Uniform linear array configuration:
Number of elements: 32
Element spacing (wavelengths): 1
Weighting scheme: cosine
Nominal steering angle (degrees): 60
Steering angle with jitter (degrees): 58.209
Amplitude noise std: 0.05
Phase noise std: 0.05

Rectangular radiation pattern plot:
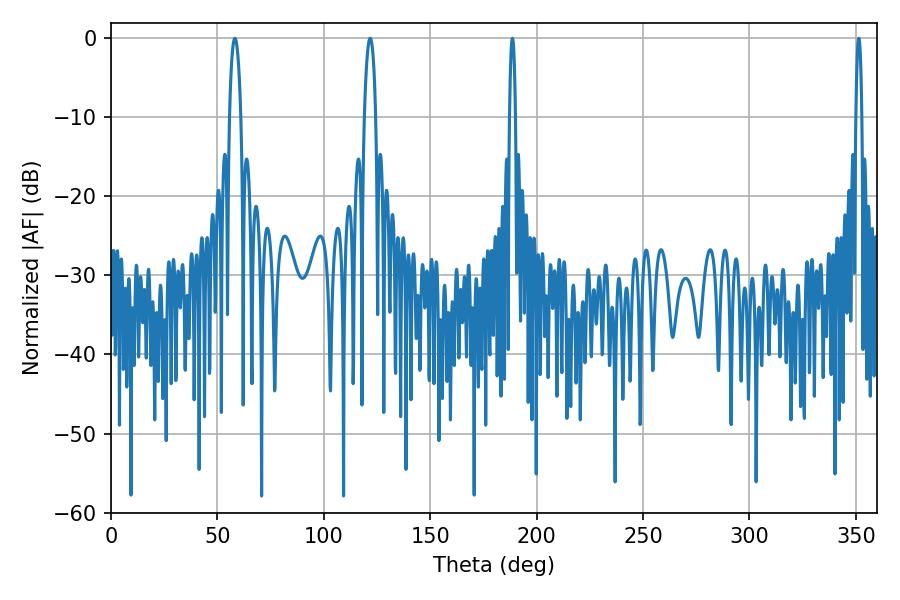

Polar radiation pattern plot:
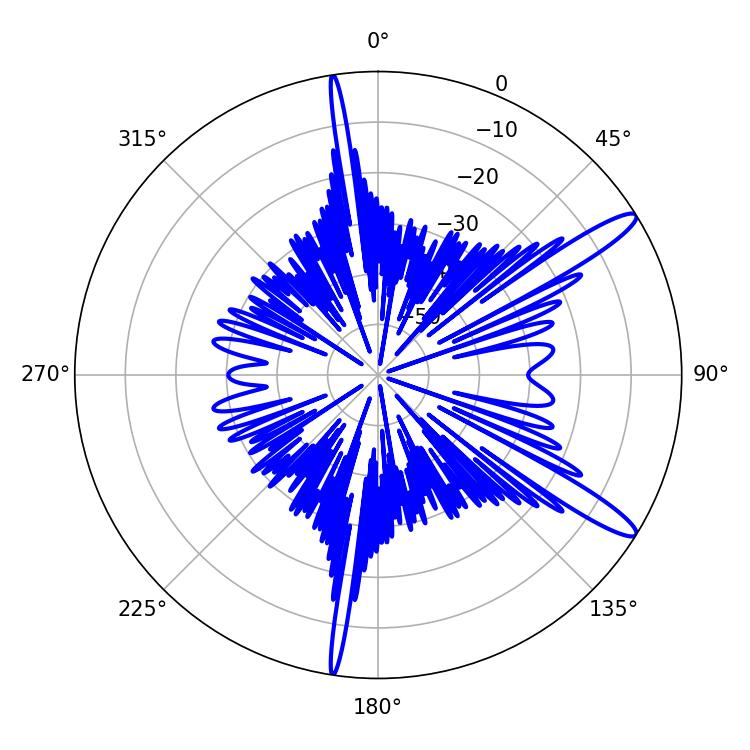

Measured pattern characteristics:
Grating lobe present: TRUE
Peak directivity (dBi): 13.401
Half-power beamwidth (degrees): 1.44
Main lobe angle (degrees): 351.36